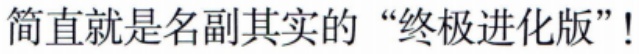
简直就是名副其实的“终极进化版”!